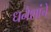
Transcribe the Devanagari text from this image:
धनेशांचे